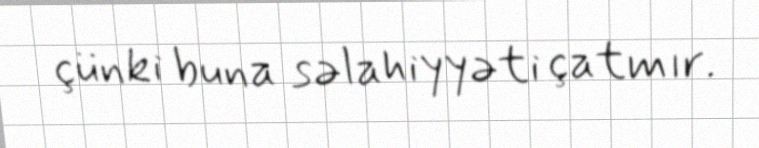
çünki buna səlahiyyəti çatmır.